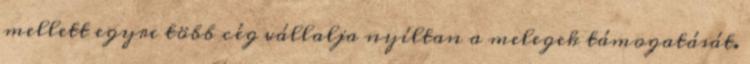
mellett egyre több cég vállalja nyíltan a melegek támogatását.